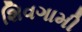
શિવગામી